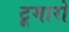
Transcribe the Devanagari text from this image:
टूमारो